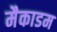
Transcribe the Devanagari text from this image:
मैकाडम